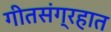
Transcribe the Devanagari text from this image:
गीतसंग्रहात